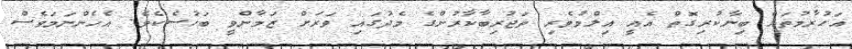
އަހުރާމުތައް ބިނާކުރިގޮތް އެއީ އިލްމުވެރި ތަޖުރިބާކާރުންގެ މެދުގައި ވަރަށް ޒަމާންވީ ބަހުސެކެވެ. އެހެންނަމަވެސް